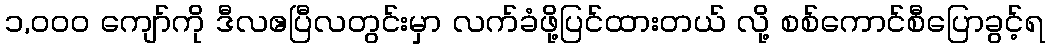
၁,၀၀၀ ကျော်ကို ဒီလဧပြီလတွင်းမှာ လက်ခံဖို့ပြင်ထားတယ် လို့ စစ်ကောင်စီပြောခွင့်ရ